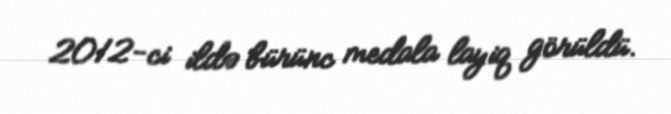
2012-ci ildə bürünc medala layiq görüldü.